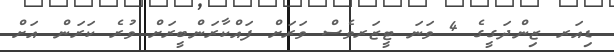
ޑިއަރ ޒިންދަގީގެ 4 ވަނަ ޓީޒަރވެސް ވަރަށް ފައްކާރަންބީރަށް ވުރެ ކަރަން އަށް